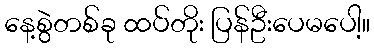
နေ့စွဲတစ်ခု ထပ်တိုး ပြန်ဦးပေမပေါ့။